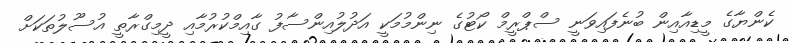
ކެންޔާގެ މީޑިއާއިން ބުނެފައިވަނީ ސްޕްރީމް ކޯޓުގެ ނިންމުމަކީ އަދުލުއިންސާފު ގާއިމްކުރުމާއި ދީމިގްރާތީ އުސޫލުތަކަށް